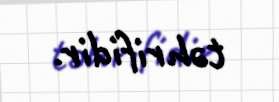
təhrifidir.